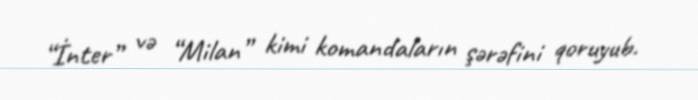
“İnter” və “Milan” kimi komandaların şərəfini qoruyub.